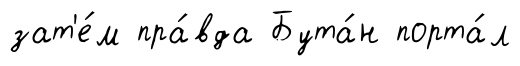
зат'е́м пра́вда Бута́н порта́л